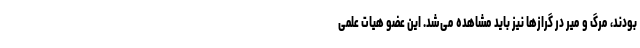
بودند، مرگ و میر در گرازها نیز باید مشاهده می‌شد. این عضو هیات علمی